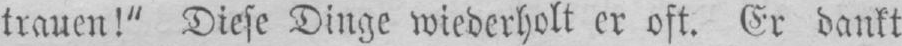
trauen!” Diese Dinge wiederholt er oft. Er dankt